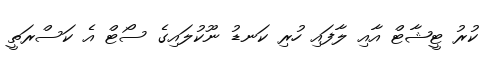
ކުރު ޓީޝާޓް އާއި ލާފައި ހުރި ކަނޑު ނޫކުލައިގެ ސޯޓް އެ ކަސްރަތީ